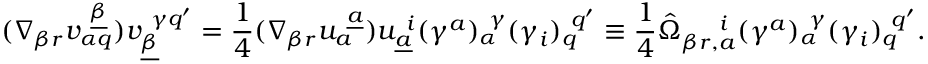
( \nabla _ { \beta r } v _ { \alpha q } ^ { ~ \underline { { \beta } } } ) v _ { \underline { { \beta } } } ^ { ~ \gamma q ^ { \prime } } = { \frac { 1 } { 4 } } ( \nabla _ { \beta r } u _ { a } ^ { ~ \underline { { a } } } ) u _ { \underline { { a } } } ^ { ~ i } ( \gamma ^ { a } ) _ { \alpha } ^ { ~ \gamma } ( \gamma _ { i } ) _ { q } ^ { ~ q ^ { \prime } } \equiv { \frac { 1 } { 4 } } \hat { \Omega } _ { \beta r , a } ^ { ~ ~ ~ ~ i } ( \gamma ^ { a } ) _ { \alpha } ^ { ~ \gamma } ( \gamma _ { i } ) _ { q } ^ { ~ q ^ { \prime } } .